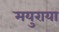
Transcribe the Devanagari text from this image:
मयुराया